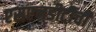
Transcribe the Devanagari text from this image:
एसएनडीटीची